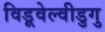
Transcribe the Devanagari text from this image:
विडूवेल्वीडुगु